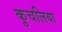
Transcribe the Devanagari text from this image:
कुचलिया